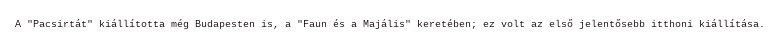
A "Pacsirtát" kiállította még Budapesten is, a "Faun és a Majális" keretében; ez volt az első jelentősebb itthoni kiállítása.